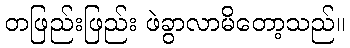
တဖြည်းဖြည်း ဖဲခွာလာမိတော့သည်။